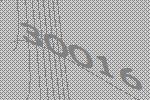
30016